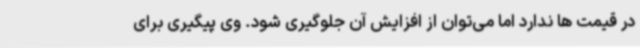
در قیمت ها ندارد اما می‌توان از افزایش آن جلوگیری شود. وی پیگیری برای